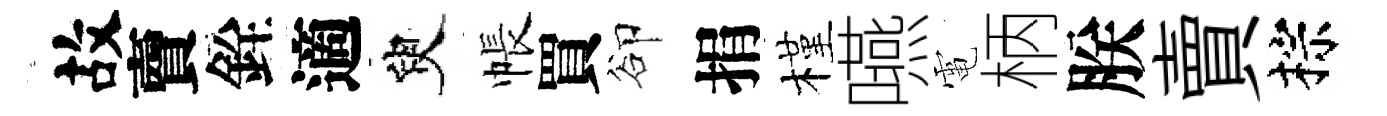
故𧶠銓適臾帳買卻捐槿嚥電柄朕賣棕